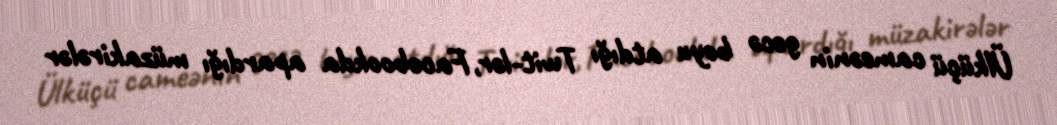
Ülküçü cameənin gecə boyu atdığı Twit-lər, Facebookda apardığı müzakirələr